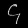
Digit: ၄